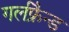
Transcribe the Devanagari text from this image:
गर्लफ्रैन्ड